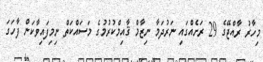
މިހާރު ރާއްޖޭގެ 29 ރަށެއްގައި ނަރުދަމާ ނިޒާމް ޤާއިމްކުރުމުގެ މަސައްކަތް ނިމިފައިވާކަން ފާހަގަ